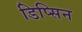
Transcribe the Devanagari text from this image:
डिप्सिन